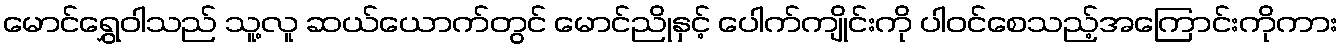
မောင်ရွှေဝါသည် သူ့လူ ဆယ်ယောက်တွင် မောင်ညိုနှင့် ပေါက်ကျိုင်းကို ပါဝင်စေသည့်အကြောင်းကိုကား